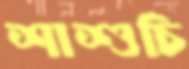
শাশুচি